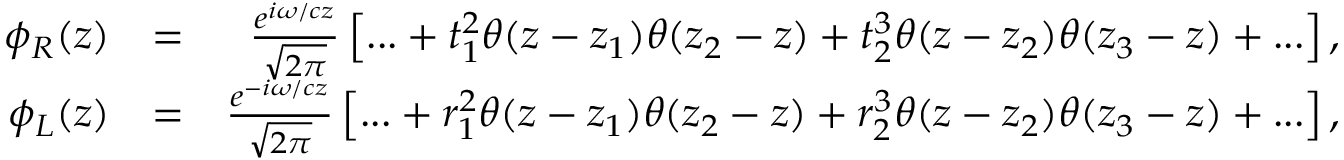
\begin{array} { r l r } { { \phi _ { R } } ( z ) } & { = } & { \frac { { { e ^ { i { \omega / c } z } } } } { { \sqrt { 2 \pi } } } \left[ { . . . + { t _ { 1 } ^ { 2 } } \theta ( z - { z _ { 1 } } ) \theta ( { z _ { 2 } } - z ) + { t _ { 2 } ^ { 3 } } \theta ( z - { z _ { 2 } } ) \theta ( { z _ { 3 } } - z ) + . . . } \right] , } \\ { { \phi _ { L } } ( z ) } & { = } & { \frac { { { e ^ { - i { \omega / c } z } } } } { { \sqrt { 2 \pi } } } \left[ { . . . + { r _ { 1 } ^ { 2 } } \theta ( z - { z _ { 1 } } ) \theta ( { z _ { 2 } } - z ) + { r _ { 2 } ^ { 3 } } \theta ( z - { z _ { 2 } } ) \theta ( { z _ { 3 } } - z ) + . . . } \right] , } \end{array}